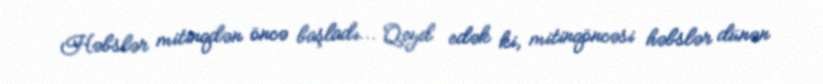
Həbslər mitinqdən öncə başladı... Qeyd edək ki, mitinqöncəsi həbslər dünən